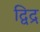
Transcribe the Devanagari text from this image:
द्विद्र